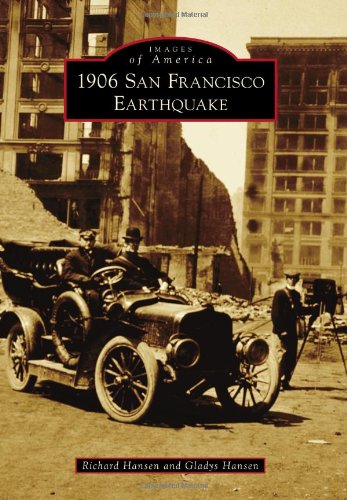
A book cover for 1906 San Francisco Earthquake (Images of America Series); Richard Hansen; Science & Math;